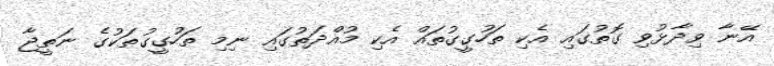
އޭނާ ވިދާޅުވި ގޮތުގައި އެކި ތަހުގީގުތައް އެކި މުއްދަތުގައި ނިމި ތަހުގީގުތަކުގެ ނަތީޖާ